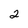
Character: 2